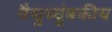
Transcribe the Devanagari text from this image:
वैद्युच्चुंबकीय